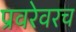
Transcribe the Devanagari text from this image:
प्रवरेवरच